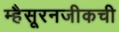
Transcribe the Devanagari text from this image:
म्हैसूरनजीकची